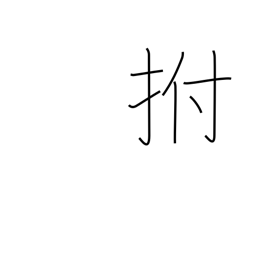
Meaning: slap